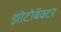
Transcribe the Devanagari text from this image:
झोटोबॅक्टर